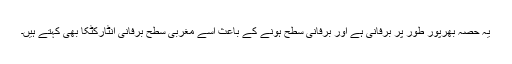
یہ حصہ بھرپور طور پر برفانی ہے اور برفانی سطح ہونے کے باعث اِسے مغربی سطح برفانی انٹارکٹکا بھی کہتے ہیں۔